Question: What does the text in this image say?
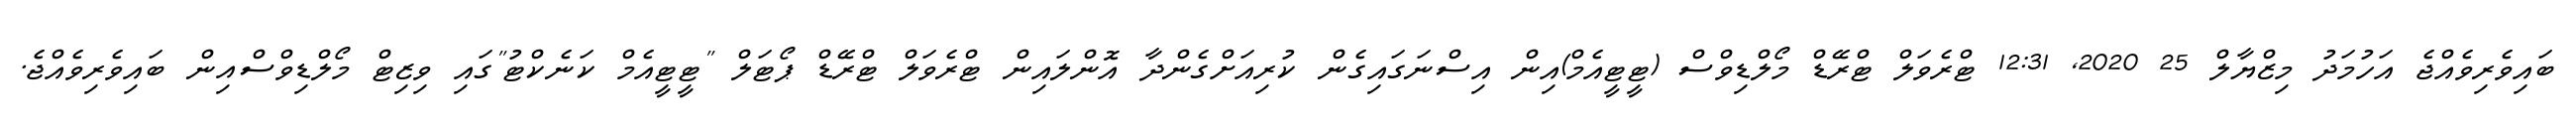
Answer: ބައިވެރިވެއްޖެ އަހުމަދު މިޒްޔާލް 25 2020, 12:31 ޓްރެވަލް ޓްރޭޑް މޯލްޑިވްސް (ޓީޓީއެމް)އިން އިސްނަގައިގެން ކުރިއަށްގެންދާ އޮންލައިން ޓްރެވަލް ޓްރޭޑް ޕޯޓަލް "ޓީޓީއެމް ކަނެކްޓު"ގައި ވިޒިޓް މޯލްޑިވްސްއިން ބައިވެރިވެއްޖެ.